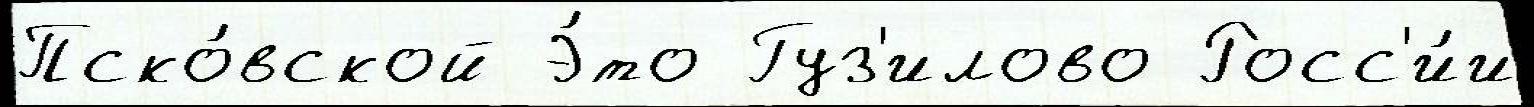
Пско́вской Э́то Гуз'илово Росс'и́и